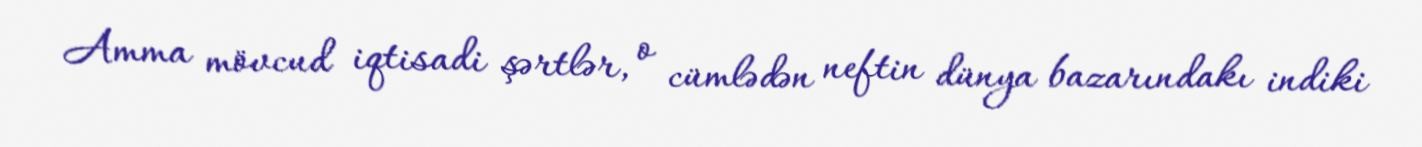
Amma mövcud iqtisadi şərtlər, o cümlədən neftin dünya bazarındakı indiki